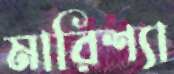
মারিশ্যা